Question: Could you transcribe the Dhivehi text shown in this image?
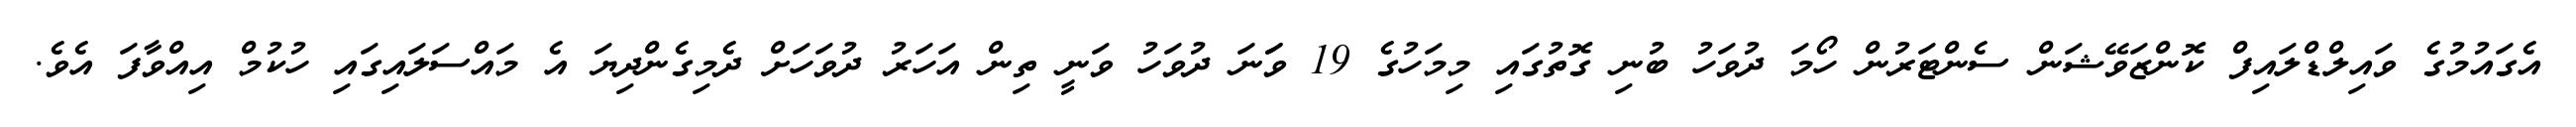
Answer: އެގައުމުގެ ވައިލްޑްލައިފް ކޮންޒަވޭޝަން ސެންޓަރުން ހޯމަ ދުވަހު ބުނި ގޮތުގައި މިމަހުގެ 19 ވަަނަ ދުވަހު ވަނީ ތިން އަހަރު ދުވަހަށް ދެމިގެންދިޔަ އެ މައްސަލައިގައި ހުކުމް އިއްވާފަ އެވެ.